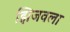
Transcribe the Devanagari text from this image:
झिजवला